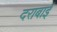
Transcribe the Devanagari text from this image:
दराबाई